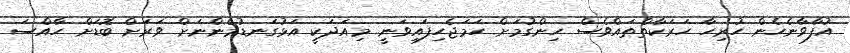
އުފާވާނެހެން ހުރިހާ ހަރަކާތްތައްވެސް ހިންގުމަށް ހަމަޖެހިފައިވަނީ. މިއަދަކީ އަޅުގަނޑުމެންނަށް ވަރަށް ބޮޑަށް ހާއްސަ